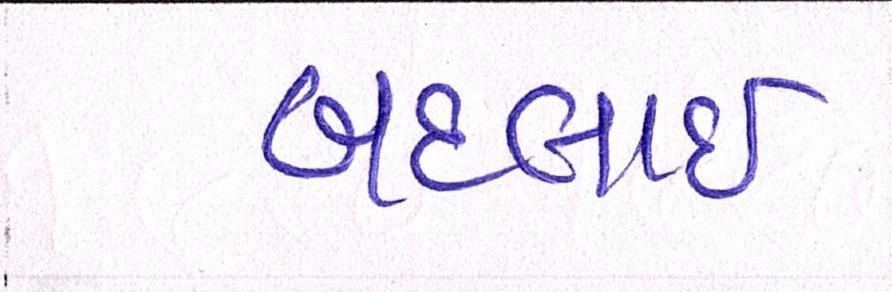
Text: બદલાઈ